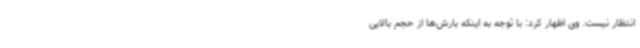
انتظار نیست. وی اظهار کرد: با توجه به اینکه بارش‌ها از حجم بالایی